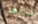
أقرأها